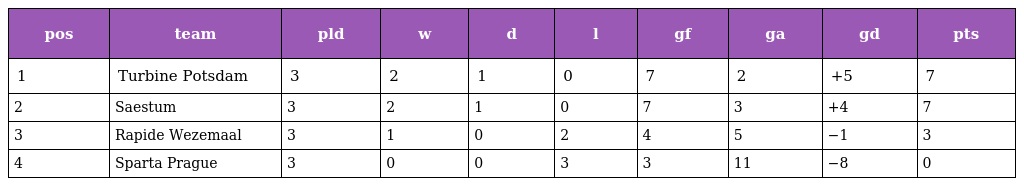
| pos | team | pld | w | d | l | gf | ga | gd | pts |
 | --- | --- | --- | --- | --- | --- | --- | --- | --- | --- |
 | 1 | Turbine Potsdam | 3 | 2 | 1 | 0 | 7 | 2 | +5 | 7 |
 | 2 | Saestum | 3 | 2 | 1 | 0 | 7 | 3 | +4 | 7 |
 | 3 | Rapide Wezemaal | 3 | 1 | 0 | 2 | 4 | 5 | −1 | 3 |
 | 4 | Sparta Prague | 3 | 0 | 0 | 3 | 3 | 11 | −8 | 0 |